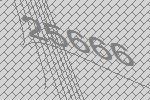
25666